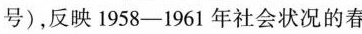
序号)，反映1958-1961年社会状况的春